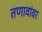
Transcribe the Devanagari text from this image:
तणावांवर